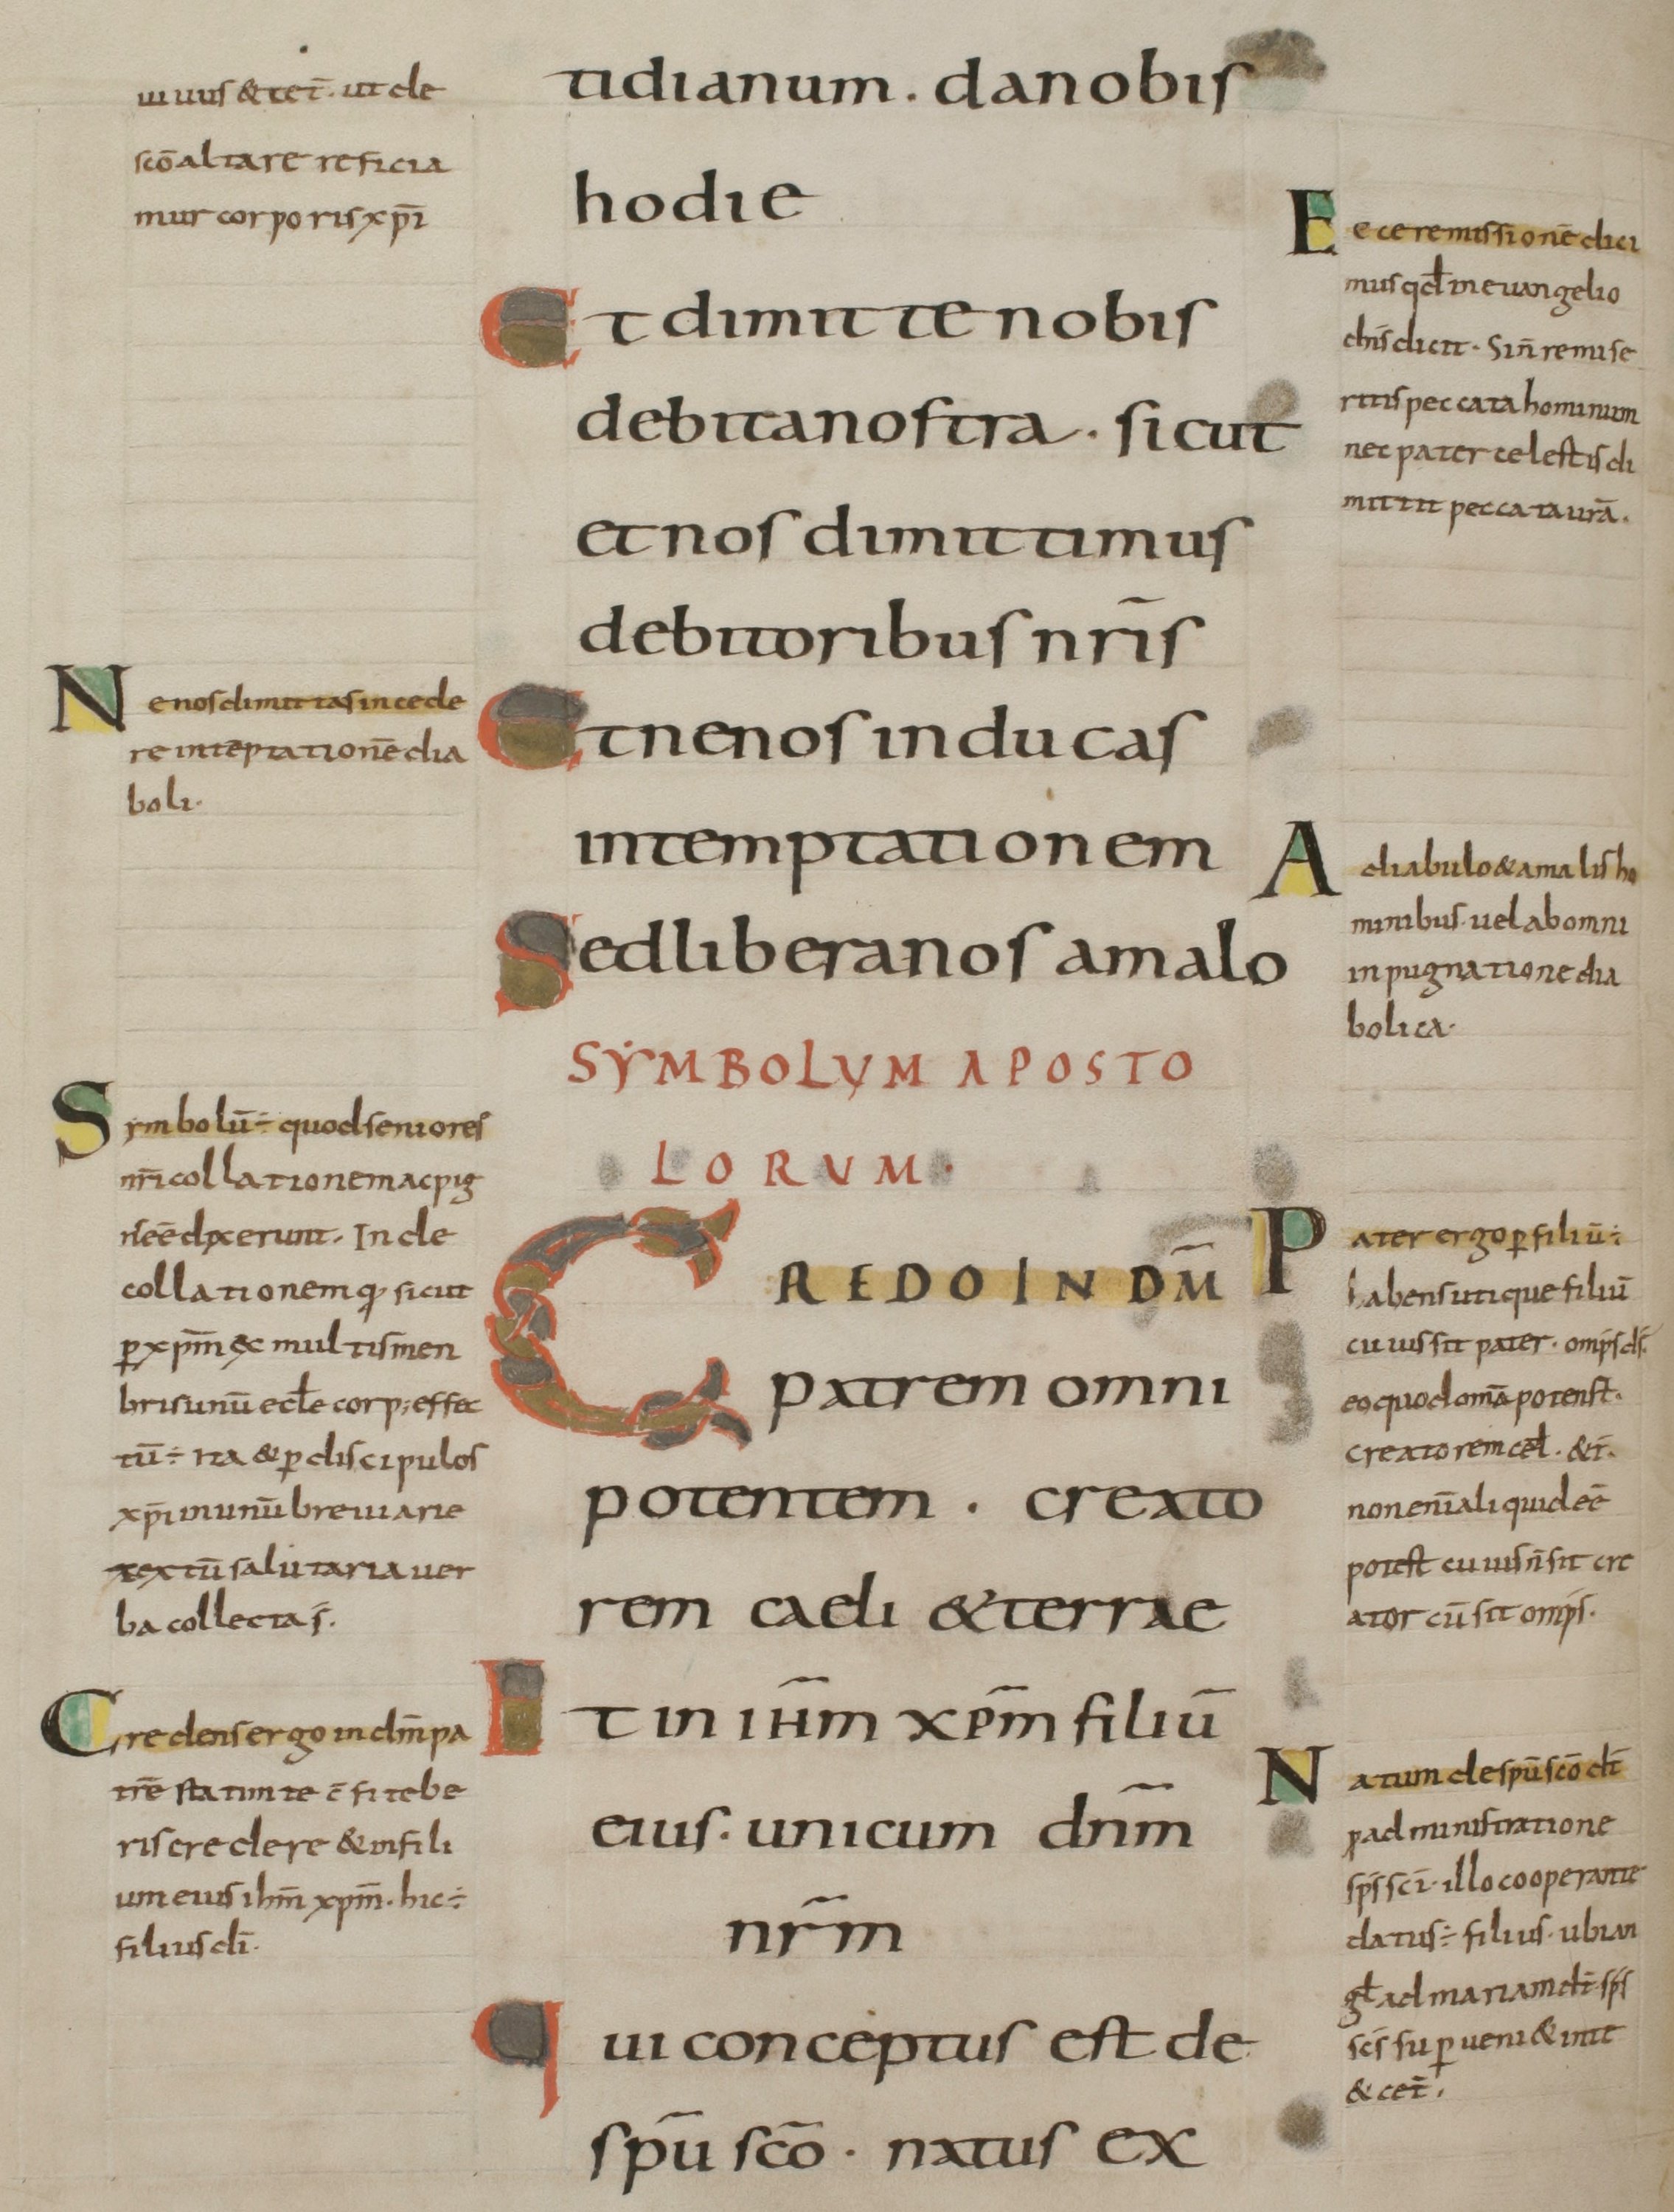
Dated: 800–899